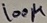
Text: 100µ